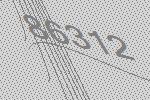
86312